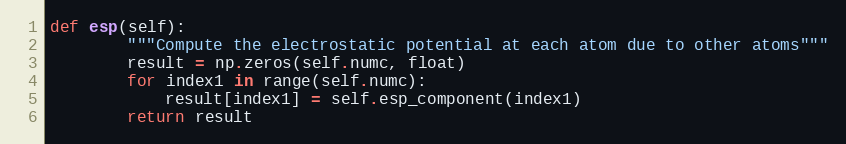
Language: Python
def esp(self):
        """Compute the electrostatic potential at each atom due to other atoms"""
        result = np.zeros(self.numc, float)
        for index1 in range(self.numc):
            result[index1] = self.esp_component(index1)
        return result